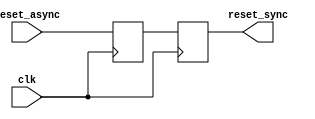
module async_reset_synchronizer (
    input wire reset_async,  // Asynchronous reset input
    input wire clk,          // Clock input
    output reg reset_sync    // Synchronized reset output
);

    // Internal registers for double-register synchronization
    reg reset_sync_1; // First stage of synchronization

    // Synchronous process to sample the asynchronous reset
    always @(posedge clk) begin
        reset_sync_1 <= reset_async; // First flip-flop
        reset_sync <= reset_sync_1;   // Second flip-flop
    end

endmodule